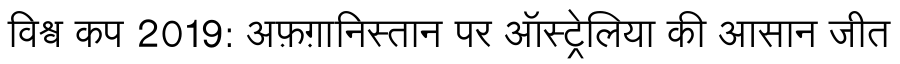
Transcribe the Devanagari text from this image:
विश्व कप 2019: अफ़ग़ानिस्तान पर ऑस्ट्रेलिया की आसान जीत